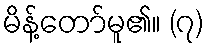
မိန့်တော်မူ၏။ (၇)